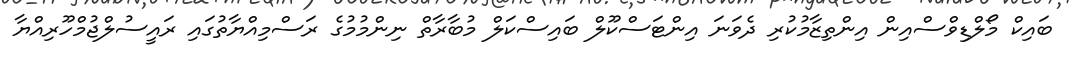
ބައިކް މޯލްޑިވްސްއިން އިންތިޒާމުކުރި ދެވަނަ އިންޓަސްކޫލް ބައިސްކަލް މުބާރާތް ނިންމުމުގެ ރަސްމިއްޔާތުގައި ރައީސުލްޖުމްހޫރިއްޔާ